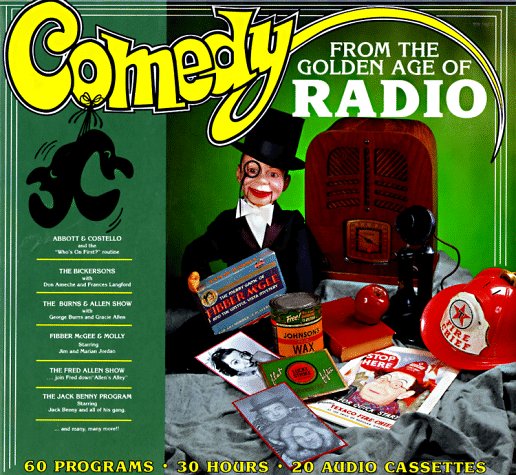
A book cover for Comedy from the Golden Age of Radio; Radio Spirits; Humor & Entertainment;